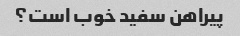
پیراهن سفید خوب است؟